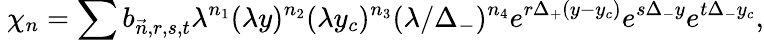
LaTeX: ~\chi_{n}=\sum b_{\vec{n},r,s,t}\lambda^{n_{1}}(\lambda y)^{n_{2}}(\lambda y_{c})^{n_{3}}(\lambda/\Delta_{-})^{n_{4}}e^{r\Delta_{+}(y-y_{c})}e^{s\Delta_{-}y}e^{t\Delta_{-}y_{c}},